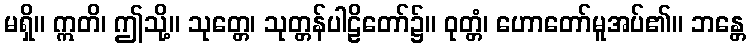
မရှိ။ ဣတိ၊ ဤသို့။ သုတ္တေ၊ သုတ္တန်ပါဠိတော်၌။ ဝုတ္တံ၊ ဟောတော်မူအပ်၏။ ဘန္တေ